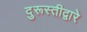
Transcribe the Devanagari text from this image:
दुरूस्तीद्वारे